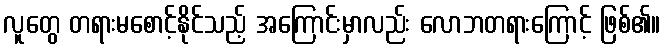
လူတွေ တရားမစောင့်နိုင်သည့် အကြောင်းမှာလည်း လောဘတရားကြောင့် ဖြစ်၏။